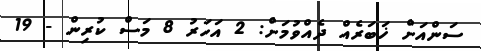
ސަންއަށް ޚަބަރެއް ދެއްވުމަށް: 2 އަހަރު 8 މަސް ކުރިން - 19